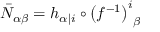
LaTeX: { \bar { \cal N } } _ { \alpha \beta } = h _ { \alpha \vert i } \circ \left( f ^ { - 1 } \right) _ { \phantom { i } \beta } ^ { i }